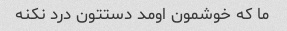
ما که خوشمون اومد‌ دستتون درد نکنه